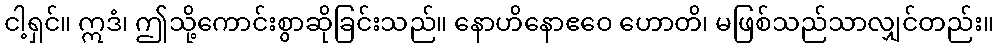
ငါ့ရှင်။ ဣဒံ၊ ဤသို့ကောင်းစွာဆိုခြင်းသည်။ နောဟိနောဧဝေ ဟောတိ၊ မဖြစ်သည်သာလျှင်တည်း။